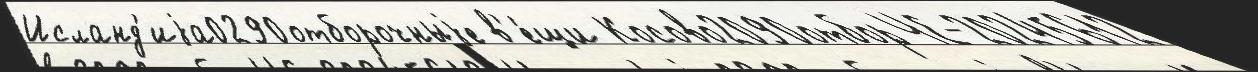
Исланд'иjа0290отборочныjе в'е́щи Косово2090отбор ЧЕ-20245612